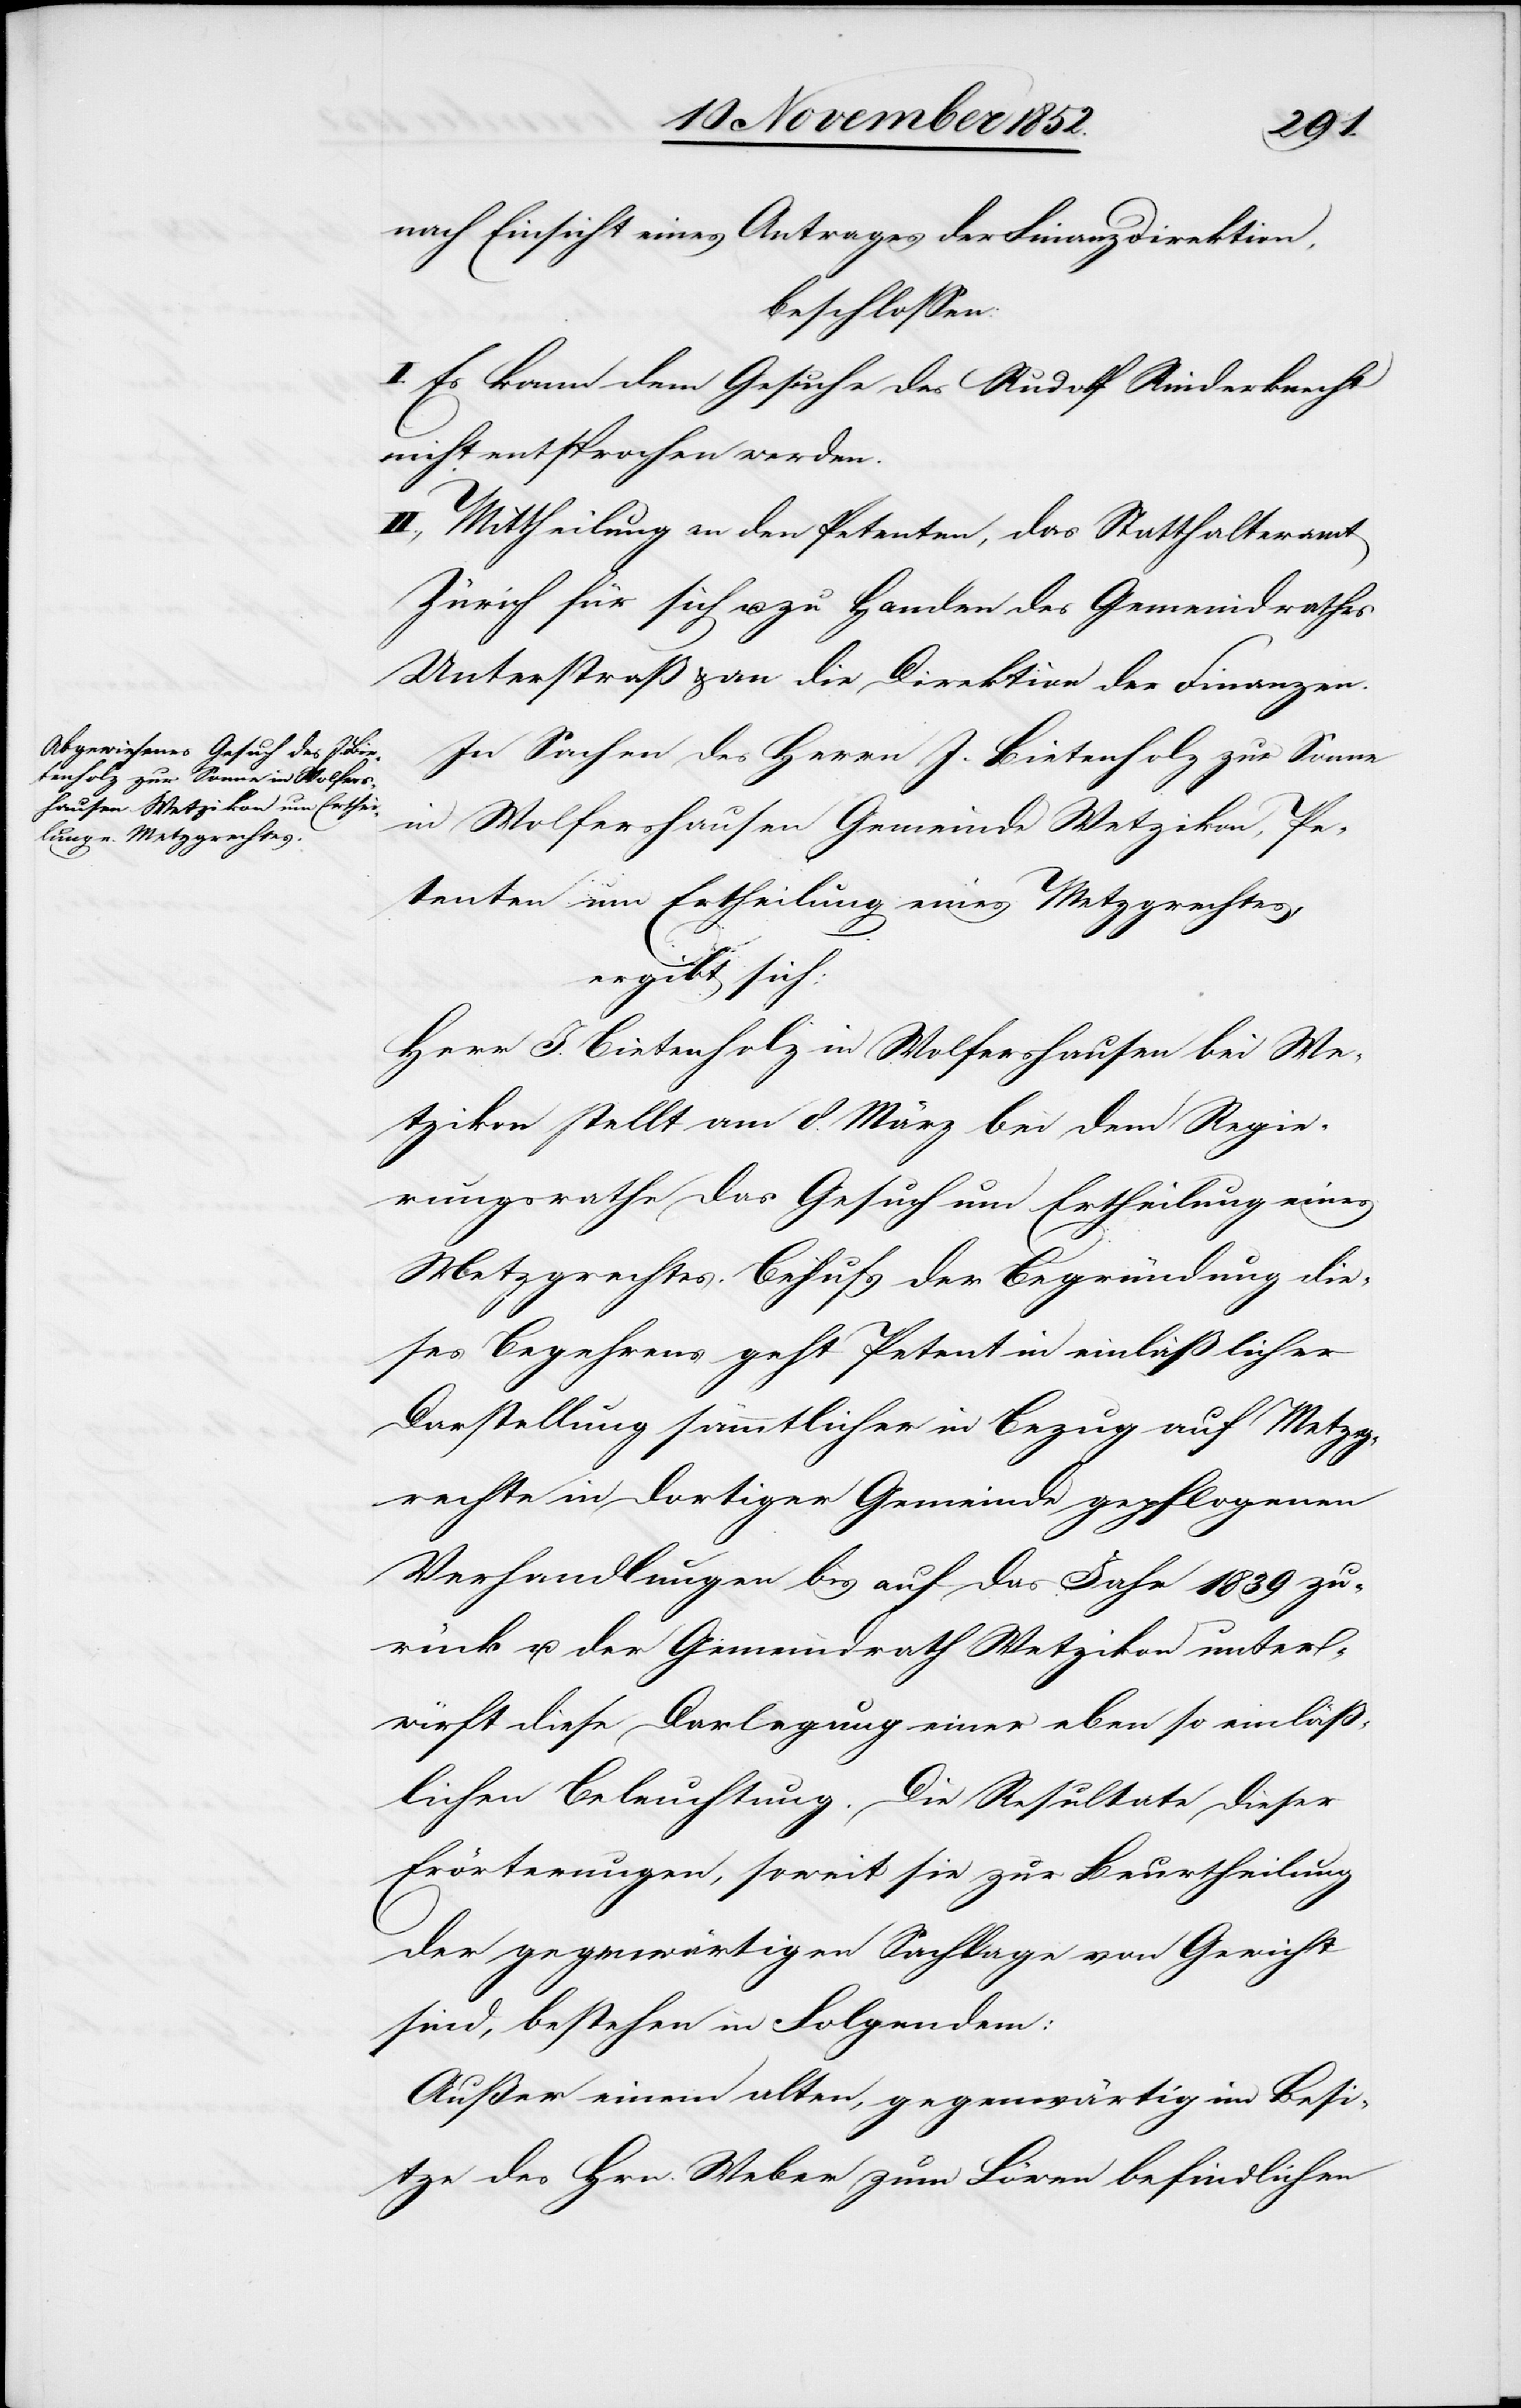
nach Einsicht eines Antrages der Finanzdirektion,
beschlossen:
I. Es kann dem Gesuche des Rudolf Rinderknecht
nicht entsprochen werden.
II., Mittheilung an den Petenten, das Statthalteramt
Zürich für sich u. zu Handen des Gemeindrathes
Unterstraß & an die Direktion der Finanzen.
In Sachen des Herrn J. Bietenholz zur Sonne
in Wolfershausen Gemeinde Wetzikon, Pe¬
tenten um Ertheilung eines Metzgrechtes,
ergibt sich:
Herr J. Bietenholz in Wolfershausen bei We¬
tzikon stellt am 8. März bei dem Regie¬
rungsrathe das Gesuch um Ertheilung eines
Metzgrechtes. Behufs der Begründung die¬
ses Begehrens geht Petent in einläßlicher
Darstellung sämmtlicher in Bezug auf Metzg¬
rechte in dortiger Gemeinde gepflogenen
Verhandlungen bis auf das Jahr 1839 zu¬
rück u. der Gemeindrath Wetzikon unter¬
wirft diese Darlegung einer eben so einläß¬
lichen Beleuchtung. Die Resultate dieser
Erörterungen, soweit sie zur Beurtheilung
der gegenwärtigen Sachlage von Gewicht
sind, bestehen in Folgendem:
Außer einem alten, gegenwärtig im Besi¬
tze des Hrn. Weber zum Löwen befindlichen